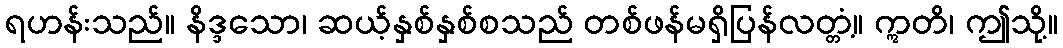
ရဟန်းသည်။ နိဒ္ဒသော၊ ဆယ့်နှစ်နှစ်စသည် တစ်ဖန်မရှိပြန်လတ္တံ့။ ဣတိ၊ ဤသို့။